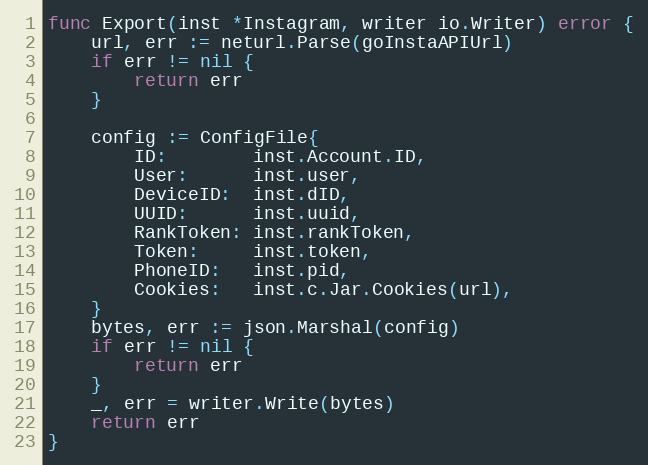
Language: Go
func Export(inst *Instagram, writer io.Writer) error {
	url, err := neturl.Parse(goInstaAPIUrl)
	if err != nil {
		return err
	}

	config := ConfigFile{
		ID:        inst.Account.ID,
		User:      inst.user,
		DeviceID:  inst.dID,
		UUID:      inst.uuid,
		RankToken: inst.rankToken,
		Token:     inst.token,
		PhoneID:   inst.pid,
		Cookies:   inst.c.Jar.Cookies(url),
	}
	bytes, err := json.Marshal(config)
	if err != nil {
		return err
	}
	_, err = writer.Write(bytes)
	return err
}